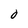
Character: O